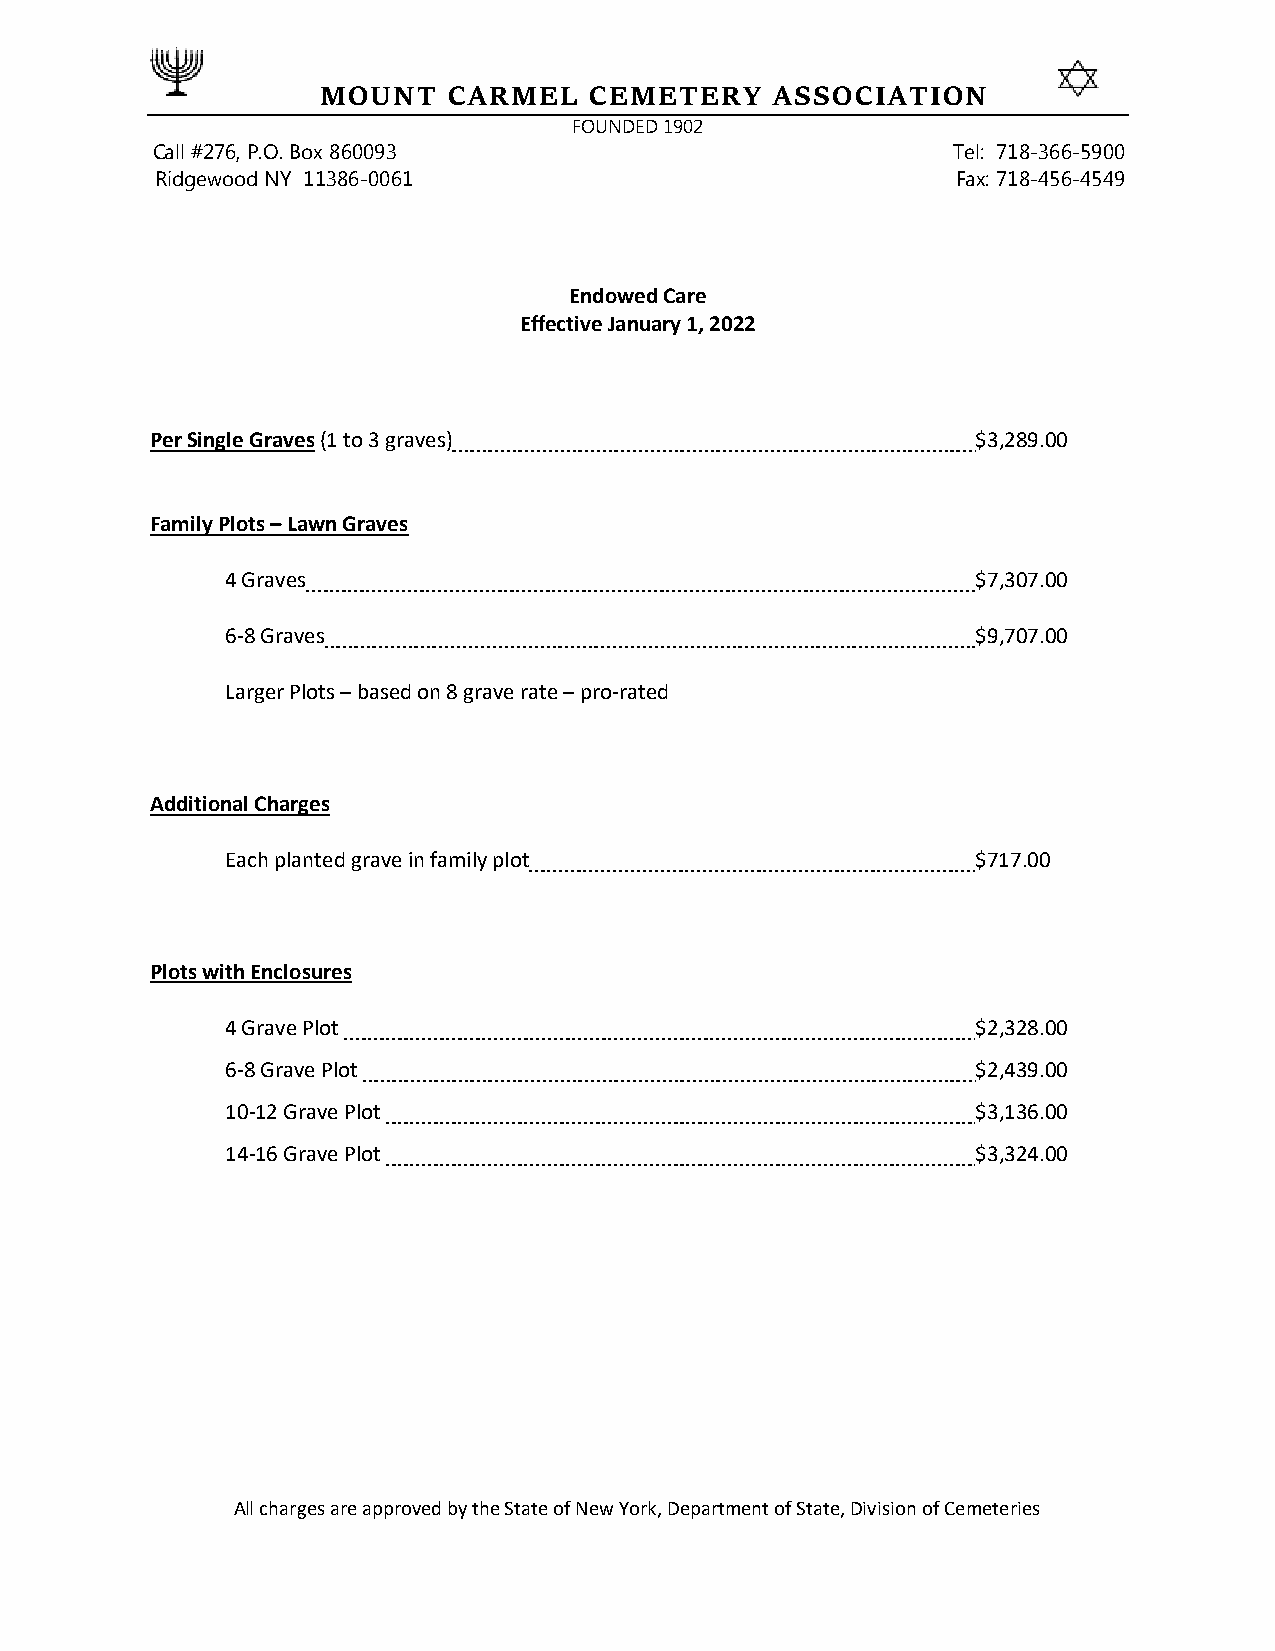
MOUNT    CARMEL   CEMETERY    ASSOCIATION
 FOUNDED 1902
 Call #276, P.O. Box 860093                           Tel: 718-366-5900
 Ridgewood NY 11386-0061                              Fax: 718-456-4549
 Endowed Care
 Effective January 1, 2022
 Per Single Graves (1 to 3 graves)                      $3,289.00
 Family Plots – Lawn Graves
 4 Graves                                          $7,307.00
 6-8 Graves                                        $9,707.00
 Larger Plots – based on 8 grave rate – pro-rated
 Additional Charges
 Each planted grave in family plot                 $717.00
 Plots with Enclosures
 4 Grave Plot                                      $2,328.00
 6-8 Grave Plot                                    $2,439.00
 10-12 Grave Plot                                  $3,136.00
 14-16 Grave Plot                                  $3,324.00
 All charges are approved by the State of New York, Department of State, Division of Cemeteries